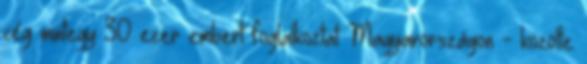
cég mintegy 30 ezer embert foglalkoztat Magyarországon - közölte